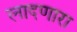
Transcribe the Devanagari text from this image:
लादणारा